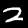
Digit: 2